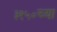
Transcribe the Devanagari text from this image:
३१५०च्या